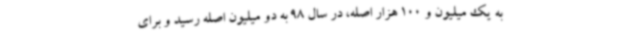
به یک میلیون و 100 هزار اصله، در سال 98 به دو میلیون اصله رسید و برای